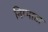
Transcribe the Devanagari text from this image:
निम्माडा